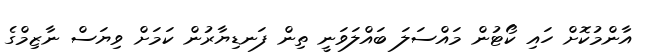
އާންމުކޮށް ހައި ކޯޓުން މައްސަލަ ބައްލަވަނީ ތިން ފަނޑިޔާރުން ކަމަށް ވިޔަސް ނާޒިމްގެ